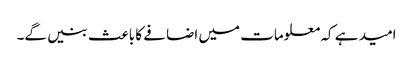
امید ہے کہ معلومات میں اضافے کا باعث بنیں گے۔